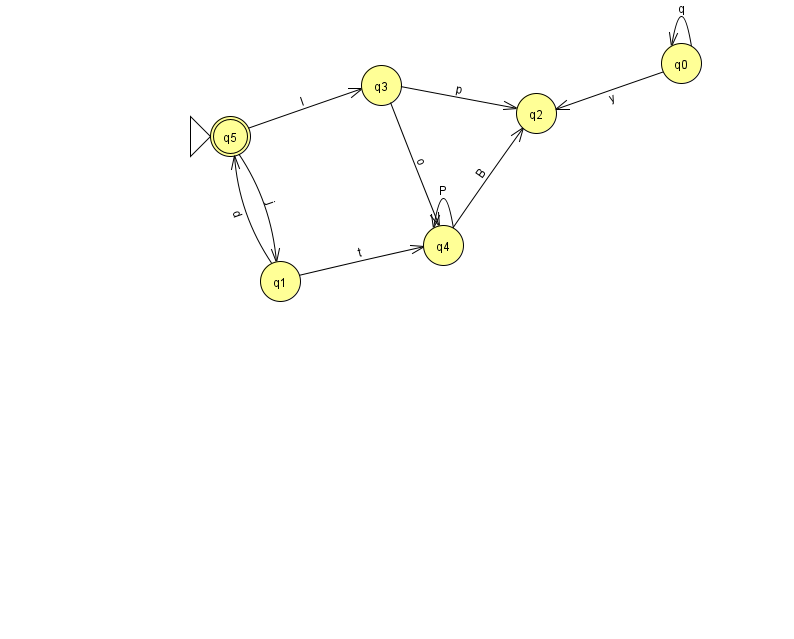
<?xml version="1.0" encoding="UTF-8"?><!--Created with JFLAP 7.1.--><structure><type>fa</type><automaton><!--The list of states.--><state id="0" name="q0"><x>681.0</x><y>50.0</y></state><state id="1" name="q1"><x>280.0</x><y>268.0</y></state><state id="2" name="q2"><x>536.0</x><y>100.0</y></state><state id="3" name="q3"><x>381.0</x><y>72.0</y></state><state id="4" name="q4"><x>443.0</x><y>232.0</y></state><state id="5" name="q5"><x>230.0</x><y>123.0</y><initial/><final/></state><!--The list of transitions.--><transition><from>4</from><to>4</to><read>P</read></transition><transition><from>0</from><to>0</to><read>q</read></transition><transition><from>1</from><to>5</to><read>d</read></transition><transition><from>5</from><to>3</to><read>l</read></transition><transition><from>0</from><to>2</to><read>y</read></transition><transition><from>1</from><to>4</to><read>t</read></transition><transition><from>4</from><to>2</to><read>B</read></transition><transition><from>5</from><to>1</to><read>j</read></transition><transition><from>3</from><to>2</to><read>p</read></transition><transition><from>3</from><to>4</to><read>o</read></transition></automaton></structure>